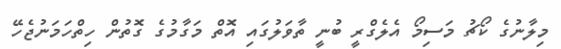
މިލާނުގެ ކޯޗު މަސިމޯ އެލެގްރީ ބުނީ ތާވަލުގައި އޮތް މަގާމުގެ ގޮތުން ހިތްހަމަނުޖެހޭ